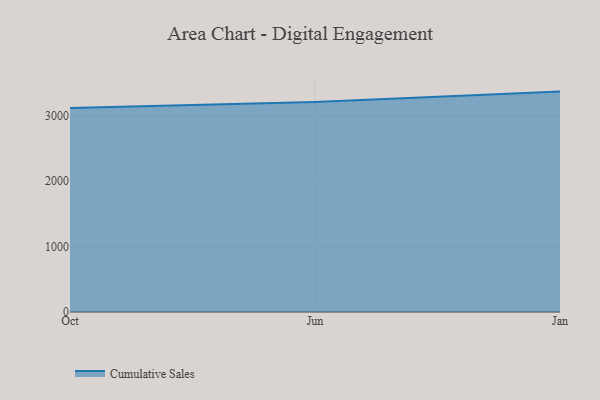
{"axis": {"x": "Month", "y": "Humidity (%)"}, "legend": ["Cumulative Sales"], "data": [{"x": "Oct", "y": 3118.3, "type": "Cumulative Sales"}, {"x": "Jun", "y": 3211.4, "type": "Cumulative Sales"}, {"x": "Jan", "y": 3368.8, "type": "Cumulative Sales"}]}